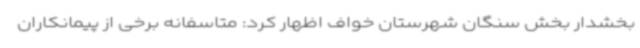
بخشدار بخش سنگان شهرستان خواف اظهار کرد: متاسفانه برخی از پیمانکاران